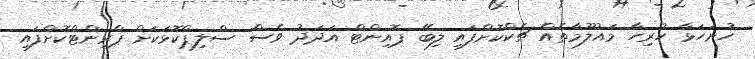
ހުށަހަޅާ ހުރިހާ މައުލޫމާތެއް ޗެކްކޮށްފައި ލިބޭ ޕޮއިންޓް އަދަދު ވެސް ސްލިޕްކޮޅަކަށް ޕްރިންޓްކޮށްފައި